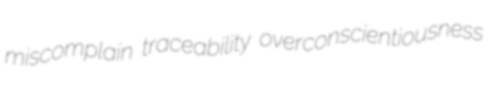
miscomplain traceability overconscientiousness